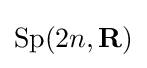
\operatorname {Sp} (2n,\mathbf {R} )